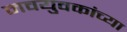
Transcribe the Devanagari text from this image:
नवयुवकांच्या